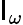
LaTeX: \mathsf{I}_{\omega}